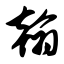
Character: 翰